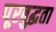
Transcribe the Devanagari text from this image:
पूरबुद्धता